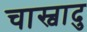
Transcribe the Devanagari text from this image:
चास्वादु